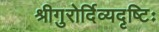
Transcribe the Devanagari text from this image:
श्रीगुरोर्दिव्यदृष्टिः